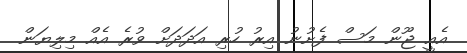
އެއީ ޖޫން މަސް ފެށުނު އިރު ހުރި އަދަދަށް ވުރެ އެއް މިލިޔަން